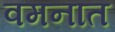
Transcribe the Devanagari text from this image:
वमनात